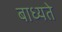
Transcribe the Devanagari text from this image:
बाध्यते